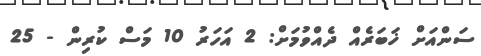
ސަންއަށް ޚަބަރެއް ދެއްވުމަށް: 2 އަހަރު 10 މަސް ކުރިން - 25